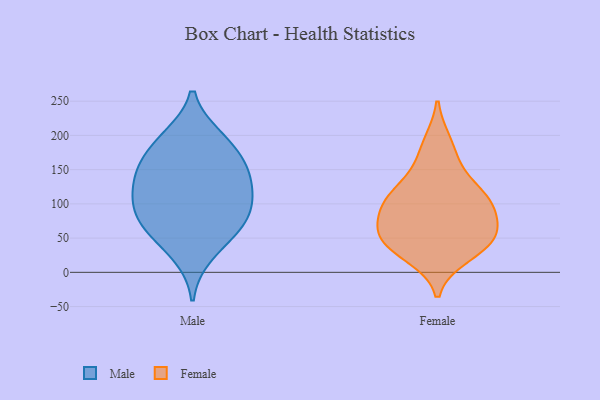
{"axis": {"x": "Website Visitors", "y": "Value"}, "legend": ["Female", "Male"], "data": [{"x": "", "y": 102, "type": "Male"}, {"x": "", "y": 89, "type": "Male"}, {"x": "", "y": 72, "type": "Male"}, {"x": "", "y": 198, "type": "Male"}, {"x": "", "y": 138, "type": "Male"}, {"x": "", "y": 120, "type": "Male"}, {"x": "", "y": 25, "type": "Male"}, {"x": "", "y": 59, "type": "Male"}, {"x": "", "y": 152, "type": "Male"}, {"x": "", "y": 65, "type": "Male"}, {"x": "", "y": 155, "type": "Male"}, {"x": "", "y": 168, "type": "Male"}, {"x": "", "y": 110, "type": "Male"}, {"x": "", "y": 197, "type": "Male"}, {"x": "", "y": 57, "type": "Female"}, {"x": "", "y": 24, "type": "Female"}, {"x": "", "y": 190, "type": "Female"}, {"x": "", "y": 111, "type": "Female"}, {"x": "", "y": 65, "type": "Female"}, {"x": "", "y": 47, "type": "Female"}, {"x": "", "y": 103, "type": "Female"}, {"x": "", "y": 121, "type": "Female"}, {"x": "", "y": 158, "type": "Female"}, {"x": "", "y": 87, "type": "Female"}, {"x": "", "y": 35, "type": "Female"}, {"x": "", "y": 101, "type": "Female"}, {"x": "", "y": 51, "type": "Female"}]}